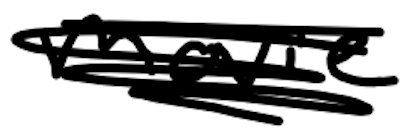
Text: movie
Cross-out: scratch
Writing tool: digital_black